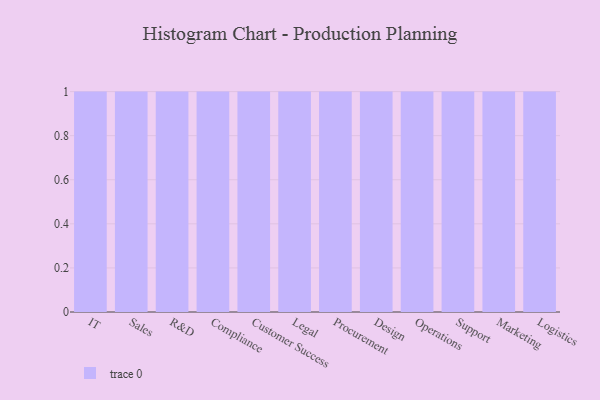
{"axis": {"x": "Department", "y": "Demand Index"}, "legend": [""], "data": [{"x": "IT", "y": 38, "type": ""}, {"x": "Sales", "y": 43, "type": ""}, {"x": "R&D", "y": 63, "type": ""}, {"x": "Compliance", "y": 19, "type": ""}, {"x": "Customer Success", "y": 34, "type": ""}, {"x": "Legal", "y": 10, "type": ""}, {"x": "Procurement", "y": 21, "type": ""}, {"x": "Design", "y": 58, "type": ""}, {"x": "Operations", "y": 59, "type": ""}, {"x": "Support", "y": 49, "type": ""}, {"x": "Marketing", "y": 71, "type": ""}, {"x": "Logistics", "y": 87, "type": ""}]}